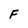
Character: F